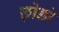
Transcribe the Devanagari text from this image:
छ़ोडो